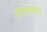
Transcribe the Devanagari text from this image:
परामात्मा